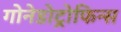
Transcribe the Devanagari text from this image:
गोनेडोट्रोफिन्स